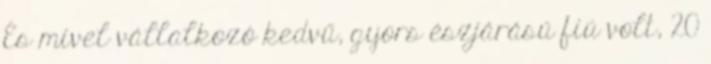
És mivel vállalkozó kedvű, gyors észjárású fiú volt, 20